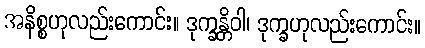
အနိစ္စဟုလည်းကောင်း။ ဒုက္ခန္တိဝါ၊ ဒုက္ခဟုလည်းကောင်း။